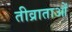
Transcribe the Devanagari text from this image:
तीव्राताओं